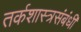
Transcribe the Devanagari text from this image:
तर्कशास्त्रसंबंधी